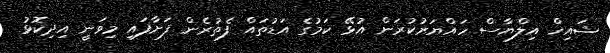
ޝައިޚް އިލްޔާސް ހައްޔަރުކުރަން އުޅޭ ކަމުގެ އަޑުތައް ފެތުރެން ފަށާފައި މިވަނީ އިދިކޮޅު